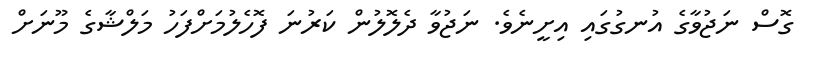
ގޮސް ނަޖުވާގެ އުނގުގައި އިށީނެވެ. ނަޖުވާ ދެލޮލުން ކަރުނަ ފޮހެލުމަށްފަހު މަލްޝާގެ މޫނަށް